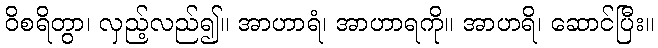
ဝိစရိတွာ၊ လှည့်လည်၍။ အာဟာရံ၊ အာဟာရကို။ အာဟရိ၊ ဆောင်ပြီး။